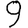
Digit: 9